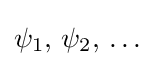
\psi _{1},\,\psi _{2},\,\ldots